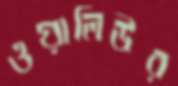
ওয়ালিউর